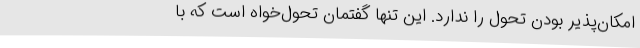
امکان‌پذیر بودن تحول را ندارد. این تنها گفتمان تحول‌خواه است که با